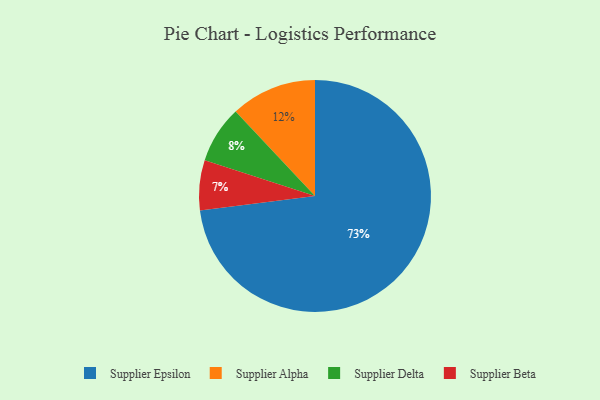
{"axis": {"x": "Category", "y": "Percentage"}, "legend": ["Supplier Alpha", "Supplier Beta", "Supplier Delta", "Supplier Epsilon"], "data": [{"x": "Supplier Epsilon", "y": 73, "type": "Supplier Epsilon"}, {"x": "Supplier Delta", "y": 8, "type": "Supplier Delta"}, {"x": "Supplier Beta", "y": 7, "type": "Supplier Beta"}, {"x": "Supplier Alpha", "y": 12, "type": "Supplier Alpha"}]}